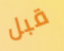
قبل